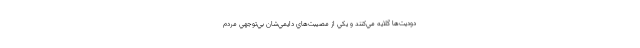
دوديت‌ها گلايه مي‌كنند و يكي از مصيبت‌هاي دايمي‌شان بي‌توجهي مردم